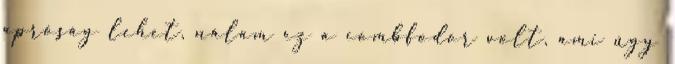
apróság lehet, nálam ez a combfodor volt, ami úgy